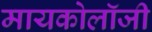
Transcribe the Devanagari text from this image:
मायकोलॉजी